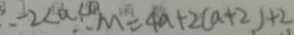
- 2 < a < 0 \therefore M = 4 a + 2 ( a + 2 ) + 2